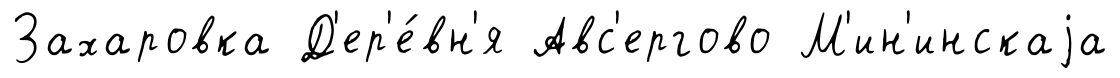
Захаровка Д'ер'е́вн'я Авс'ергово М'ин'инскаjа